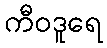
ကီဝဒူရေ